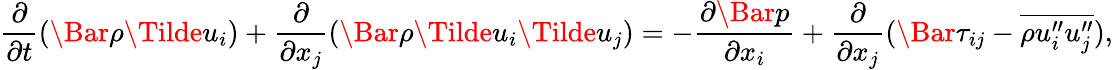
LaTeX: \frac{\partial}{\partial t}(\Bar{\rho}\Tilde{u}_{i})+\frac{\partial}{\partial x_{j}}(\Bar{\rho}\Tilde{u}_{i}\Tilde{u}_{j})=-\frac{\partial\Bar{p}}{\partial x_{i}}+\frac{\partial}{\partial x_{j}}(\Bar{\tau}_{ij}-\overline{{\rho u_{i}^{\prime\prime}u_{j}^{\prime\prime}}}),